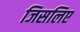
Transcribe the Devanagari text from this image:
जिसलिए